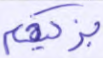
يزكيهم